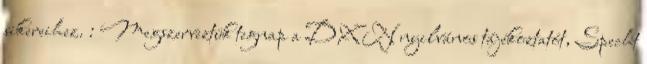
sikereihez. : Megszerveztük tegnap a DXN nyilvános tájékoztatót, Specht